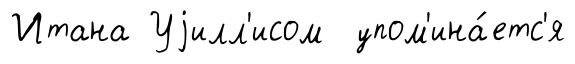
Итана Уjилл'исом упом'ина́етс'я